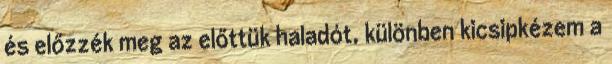
és előzzék meg az előttük haladót, különben kicsipkézem a